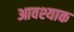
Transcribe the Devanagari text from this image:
आवश्याक